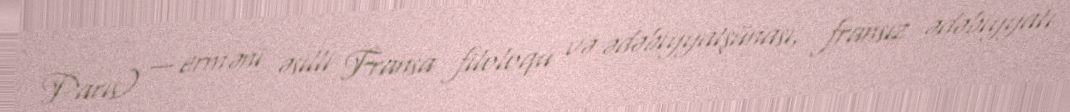
Paris) — erməni əsilli Fransa filoloqu və ədəbiyyatşünası, fransız ədəbiyyatı